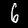
Digit: 6